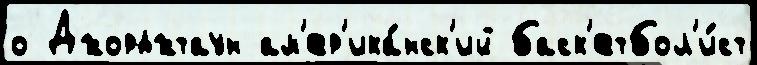
о Джорджтаун ам'ер'ика́нск'ий баск'етбол'и́ст